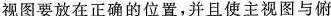
视图要放在正确的位置，并且使主视图与俯